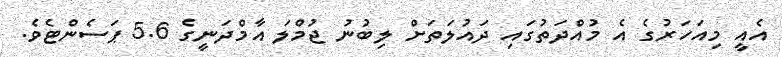
އެއީ މިއަހަރުގެ އެ މުއްދަތުގައި ދައުލަތަށް ލިބުނު ޖުމްލަ އާމްދަނީގެ 5.6 ޕަސެންޓެވެ.